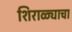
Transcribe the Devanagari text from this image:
शिराळ्याचा